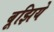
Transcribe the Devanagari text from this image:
बूझिये